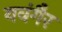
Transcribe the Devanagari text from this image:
यवंगैर